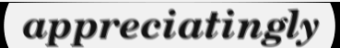
appreciatingly